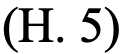
(H. 5)